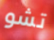
تشو